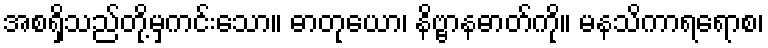
အစရှိသည်တို့မှကင်းသော။ ဓာတုယော၊ နိဗ္ဗာနဓာတ်ကို။ မနသိကာရရောစ၊